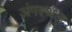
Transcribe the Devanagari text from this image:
अंगस्थल